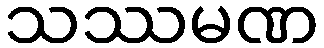
သဿမဏ